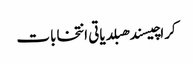
کراچیسندھبلدیاتی انتخابات